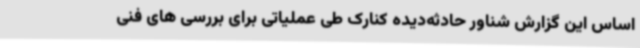
اساس این گزارش شناور حادثه‌دیده کنارک طی عملیاتی برای بررسی های فنی